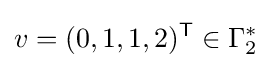
v=(0,1,1,2)^{\mathsf {T}}\in \Gamma _{2}^{*}